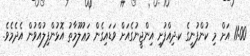
11:00 އަށް މި ކުންފުނީގެ ކ.ދިއްފުށި އިންޖީނުގެއަށް ވަޑައިގެން މަޢުލޫމާތު އޮޅުންފިލުއްވުން އެދެމެވެ.